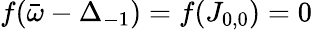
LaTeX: f(\bar{\omega}-\Delta_{-1})=f(J_{0,0})=0